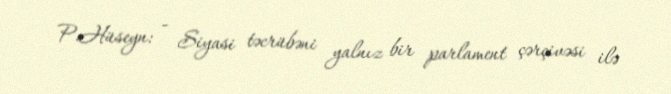
P.Hüseyn: - Siyasi təcrübəni yalnız bir parlament çərçivəsi ilə